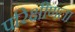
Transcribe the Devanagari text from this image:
परिक्षीणता